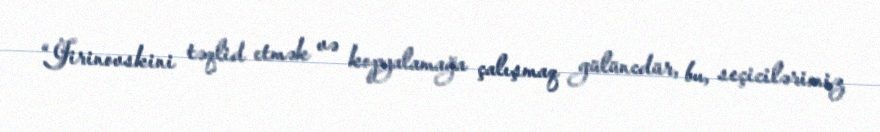
“Jirinovskini təqlid etmək və kopyalamağa çalışmaq gülüncdür, bu, seçicilərimiz